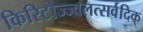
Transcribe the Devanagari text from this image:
किरिटोज्ज्वलत्सर्वदिक्‌